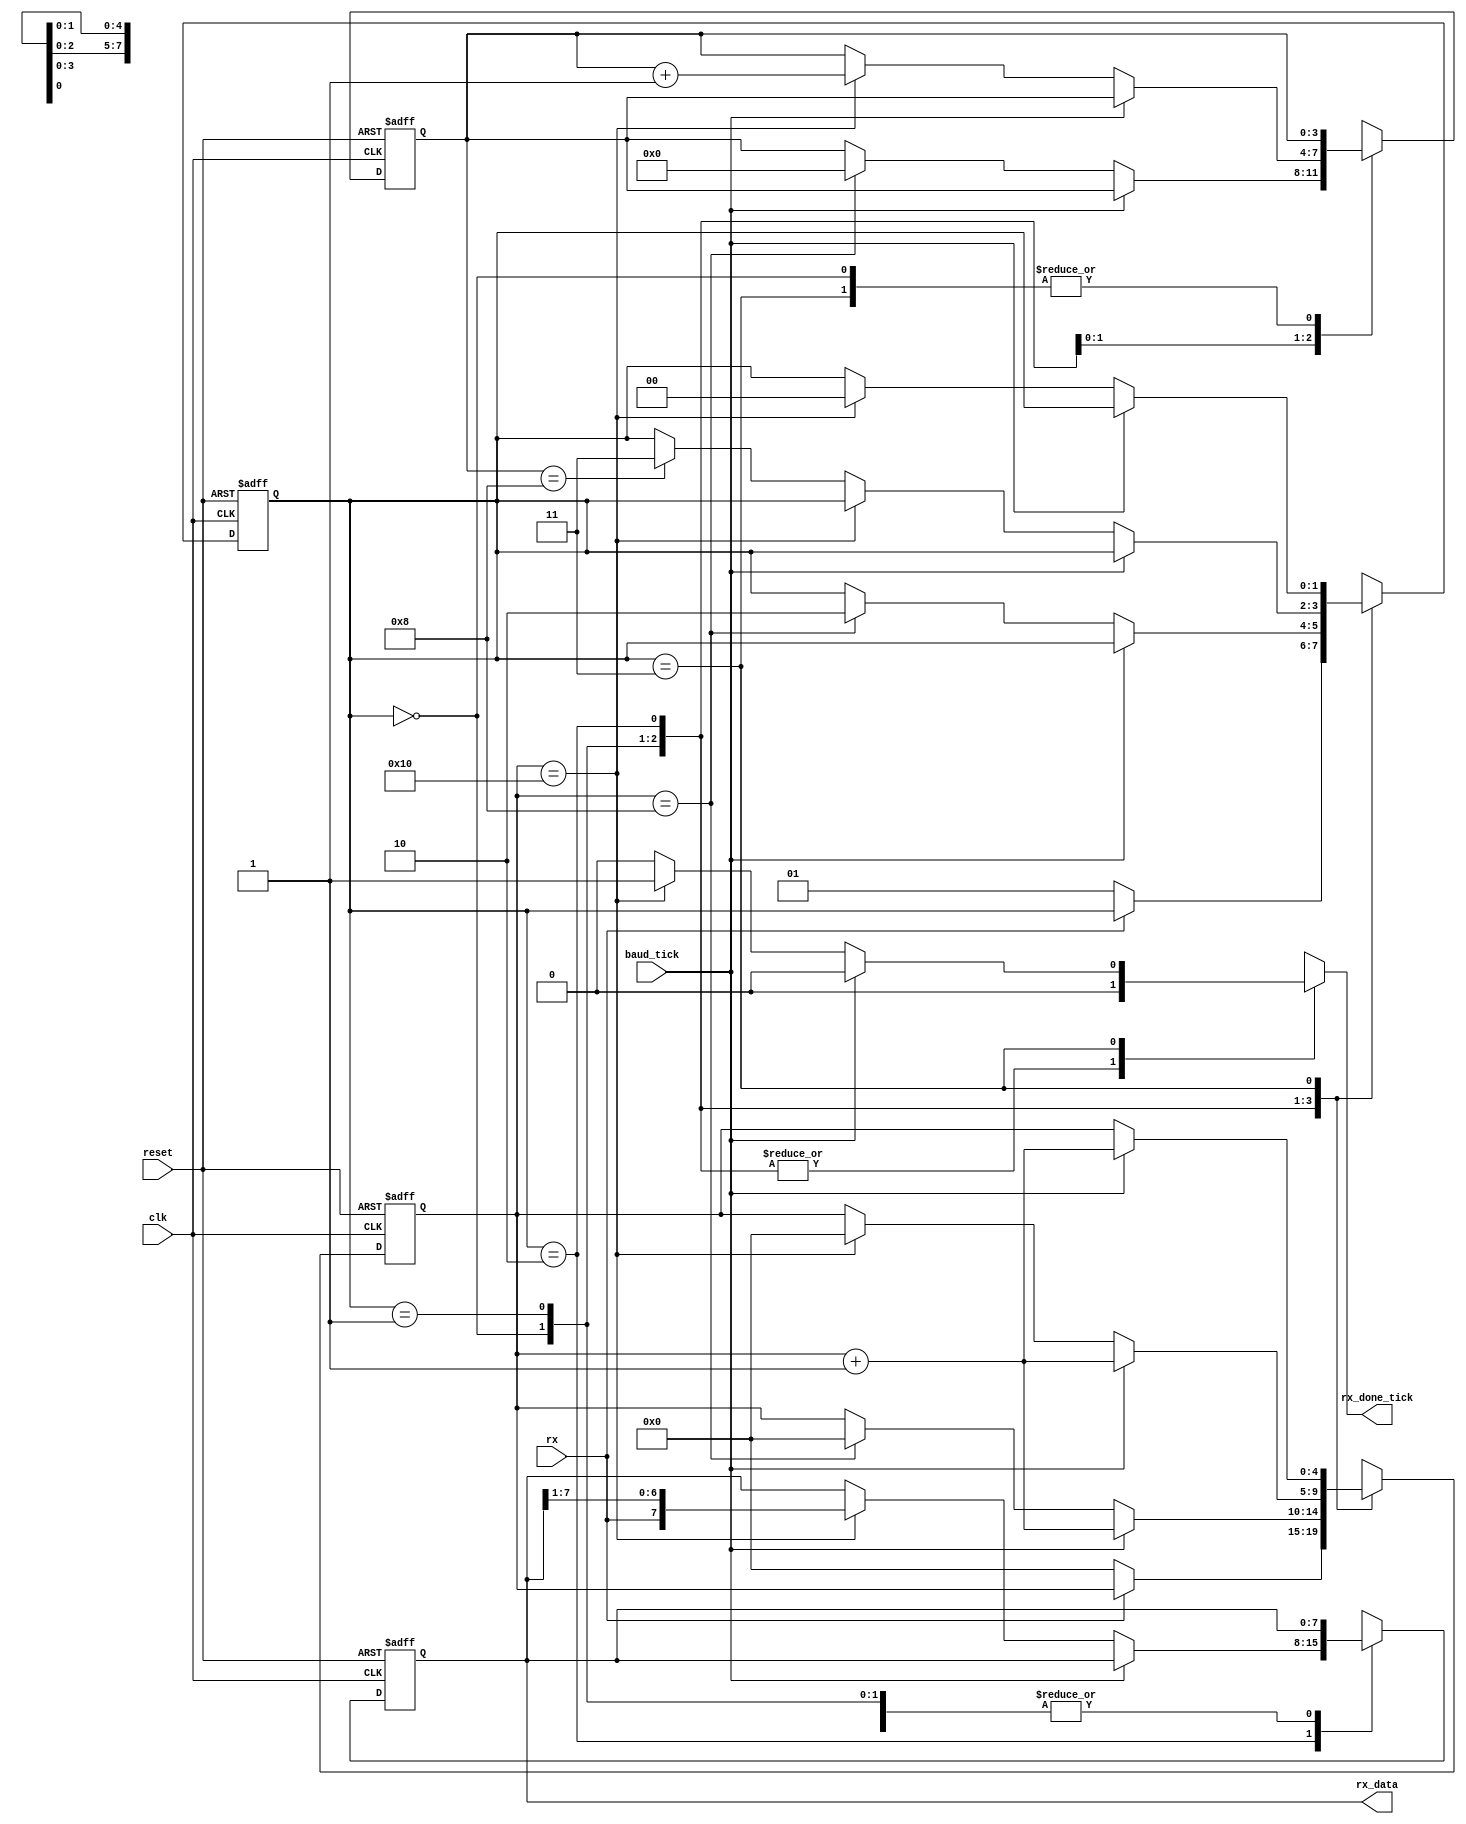
module uart_rx
	(
		input wire clk, reset,
		input wire rx, baud_tick,   // input rx line, and 16*baudrate tick 
		output reg rx_done_tick,    // receiver done tick
		output wire [7:0] rx_data   // received data
	);
	
	// symbolic state declarations for FSMD
	localparam [1:0]
		idle  = 2'b00,	// idle state, waiting for rx to go low (start bit)
		start = 2'b01,	// start state, count for 8 baud_ticks
		data  = 2'b10,  // data state, shift in 8 data bits
		stop  = 2'b11;  // stop state, count 16 baud_ticks, assert done_tick
		
	// internal signal declarations
	reg [1:0] state_reg, state_next;   // FSMD state register
	reg [4:0] baud_reg, baud_next;     // register to count baud_ticks
	reg [3:0] n_reg, n_next;           // register to count number of data bits shifted in
	reg [7:0] d_reg, d_next;           // register to hold received data
	
	// FSMD state, baud counter, data counter, and data registers
	always @(posedge clk, posedge reset)
		if (reset)
			begin
                        state_reg <= idle;
                        baud_reg  <= 0;
                        n_reg     <= 0;
                        d_reg     <= 0;
			end
		else
			begin
                        state_reg <= state_next;
                        baud_reg  <= baud_next;
                        n_reg     <= n_next;
                        d_reg     <= d_next;
			end
			
	// FSMD next state logic
	always @*
		begin
		
		// defaults
		state_next   = state_reg;
		rx_done_tick = 1'b0;
		baud_next    = baud_reg;
		n_next       = n_reg;
		d_next       = d_reg;
		
		case (state_reg)
			idle:                                       // idle, wait for rx to go low (start bit)
				if (~rx)                            // when rx goes low...
					begin
					state_next = start;         // go to start state
					baud_next  = 0;             // set baud_reg to 0
					end
					
			start:                                      // start, count 8 baud_ticks
				begin 
				if(baud_tick)
					baud_next = baud_reg + 1;   // increment baud_reg every tick 
					
				else if (baud_reg == 8)             // when baud_reg has counted to 8
					begin
					state_next = data;          // go to data state
					baud_next  = 0;             // set baud_reg and
					n_next     = 0;             // data bit count reg to 0
					end 
				end
				
			data:                                       // data, shift in 8 data bits to data reg
				begin
				if(baud_tick)
					baud_next = baud_reg + 1;   // increment baud_reg every tick  
					
				else if(baud_reg == 16)             // when baud_reg counted 16 ticks...
					begin
					d_next    = {rx, d_reg[7:1]};   // left shift in rx data to received data reg
					n_next    = n_reg + 1;          // increment data bit count
					baud_next = 0;                  // reset baud tick counter to 0
					end
					
				else if(n_reg == 8)                     // once 8 data bits have been shifted in...
					state_next = stop ;             // move to stop state
				end
				
			stop:                                           // stop, rx line is high for 16 baud_ticks (stop bit)
				begin
				if(baud_tick)
					baud_next = baud_reg + 1;       // increment baud_reg every tick 
					
				else if (baud_reg == 16)                // once 16 baud_ticks have been counted
					begin
					state_next   = idle;            // go to idle state
					rx_done_tick = 1'b1;            // assert receive done tick
					end
				end        
		endcase
		end
	
	// output received data
 	assign rx_data = d_reg; 
endmodule